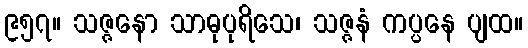
၉၅၇။ သဇ္ဇနော သာဓုပုရိသေ၊ သဇ္ဇနံ ကပ္ပနေ ပျထ။